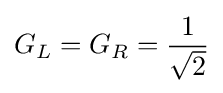
G_{L}=G_{R}={\frac {1}{\sqrt {2}}}